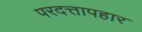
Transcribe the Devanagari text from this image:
परदत्तापहार